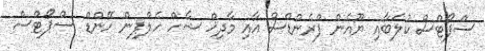
ސްޕޯޓްސް ކުލަބާއި ޔޫއެން ފްރެންޑްސް އާއި މާދިޚް ޝާހް ހެލްޕިން ހޭންޑް ސްޕޯޓްސް